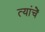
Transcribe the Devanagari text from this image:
त्यांचेेें